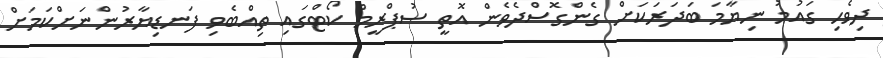
ދިވެހި ގައުމު ނިޔާމަ ބަދަރަކަށް ގެންގޮސްދެވެން އޮތީ ސުޕްރީމް ކޯޓްގައި ތިއްބެވި ފަނޑިޔާރުންނަށްކަމަށް